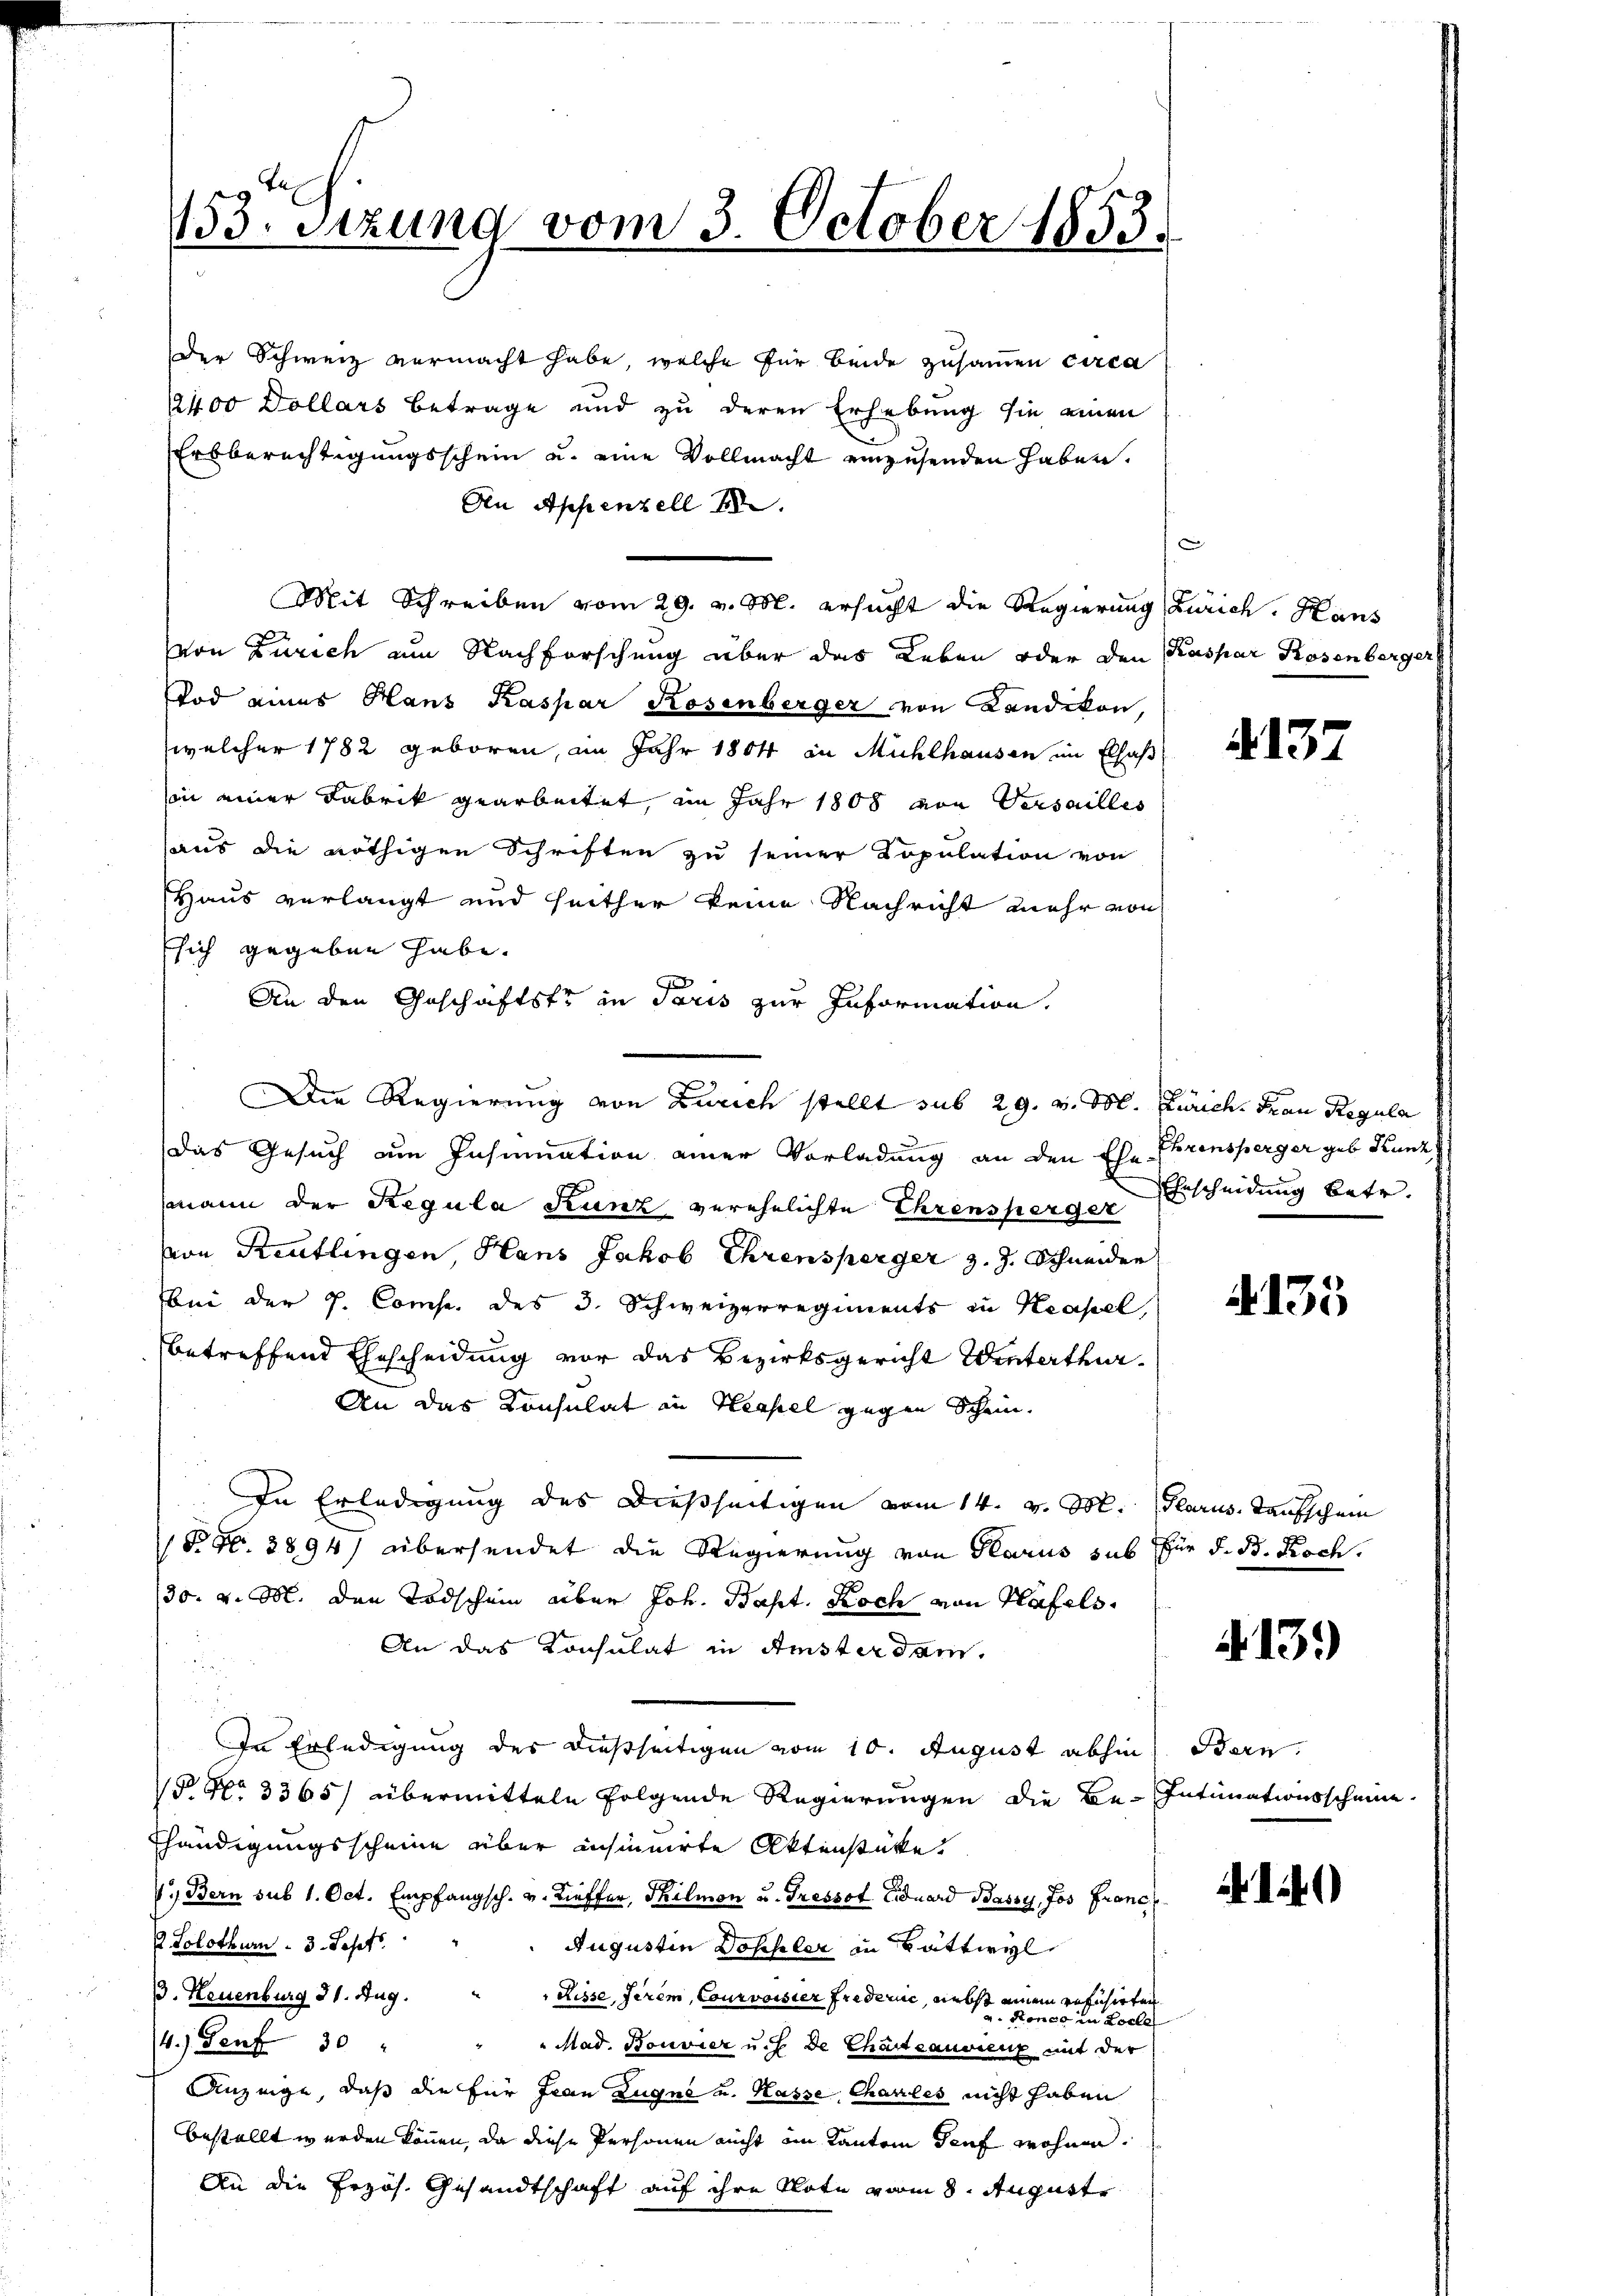
153. Sizung vom 3. October 1853.

An Appenzell I.
Mit Schreiben vom 29. v. M. ersucht die Regierung (Zürich. Hans
von Zürich am Nachforschung über das Leben oder den Kaspar Rosenberger
Tod eines Hans Kaspar Rosenberger von Landikon,
welcher 1782 geboren, im Jahr 1864 in Mühlhausen im Elsaß
in einer Fabrik gearbeitet, im Jahr 1808 von Versailles
aus die nöthigen Schriften zu seiner Copulation von
Haus verlangt und heither keine Nachricht mehr von
Esich gegeben habe.
An den Geschäftstr in Paris zur Information.
Die Regierung von Zürich stellt sub 29. v. M. Zürich. Frau Regula
Das Gesuch um Insinuation einer Vorladung an den Ehe Ehrensperger geb. Kunz
mann der Regula Kunz verehelichte Ehrenshergerscheidung betr.
von Reutlingen, Hans Jakob Ehrensperger z. J. Schneider
bei der P. Comp. des 3. Schweizerregiments in Keapel,
betreffend Ehescheidung vor das Bezirksgericht Winterthur¬
An das Consulat in Hessel gegen Scheine
In Erledigung des dießseitigen vom 14. v. M. Glarus, Taufschein
Pkt. 3894) übersendet die Regierung von Glarus sub für d. B. Koch.
30. v. M. den Todschein aber Joh. Bapt. Koch von Häfels
An das Konsulat in Amsterdam.
In Erledigung des dießseitigen vom 10. August abhin Bern.
 No 3365/ übermitteln folgende Regierungen die Be-Intimationsscheine
Ehändigungsscheine über insinuirte Aktenstüke
V. Bern sub 1. Oct. Empfangsch. v. Lieffer, Thilmon u. Tressof Eduard Bassy, Jos Franc
d. Solothurn - 3. Sept.
Augustin Doppler in Battwyl
B. Neuenburg 31. Aug.
Risse serem, Courvoisier Fredenie, nebst einem revisirten
u. Ronco in d
cle
4.) Senf 30 " " " Mad. Bonvier u. s. de Charteauvienz mit der
Anzeige, daß die für Jean Zugne u. Hasse Chariles nicht haben
bestellt werden können, da diese Personen nicht im Kanton Genf wohnen.
An die Przös. Gesandtschaft auf ihre Note vom 8. August

der Schweiz vermacht habe, welche für beide zusammen circa
22400 Dollars Betrage und zu deren Erhebung sie einen
Erbberechtigungsschein u. eine Vollmacht einzusenden haben.

2137

4135

.13.)